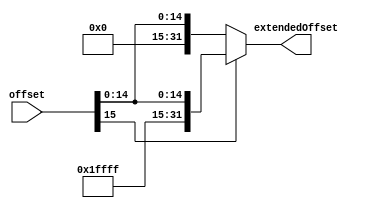
module SignExtend(offset, extendedOffset);
	input [15:0] offset;
	output reg [31:0] extendedOffset;
	
	initial
		begin
		extendedOffset = 32'b0;
		end
	
	always@(offset)
		begin
		extendedOffset= (offset[15] == 1'b1) ? {16'hFFFF, offset} : {16'b0, offset};
		end
endmodule